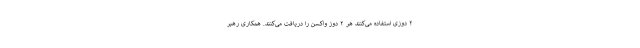
۲ دوزی استفاده می‌کنند هر ۲ دوز واکسن را دریافت می‌کنند. همکاری رهبر